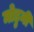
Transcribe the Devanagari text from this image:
मोडुनी